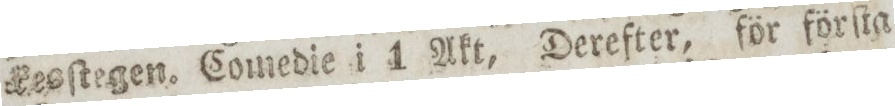
Eesſtegen. Comedie i 1 Akt, Derefter, för förſta